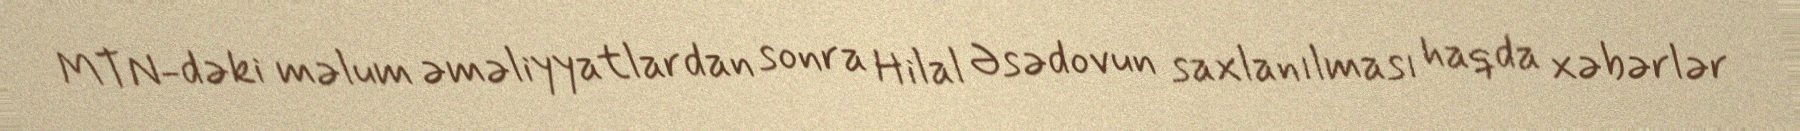
MTN-dəki məlum əməliyyatlardan sonra Hilal Əsədovun saxlanılması haqda xəbərlər